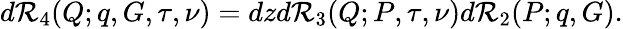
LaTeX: d{\cal R}_{4}(Q;q,G,\tau,\nu)=dzd{\cal R}_{3}(Q;P,\tau,\nu)d{\cal R}_{2}(P;q,G).